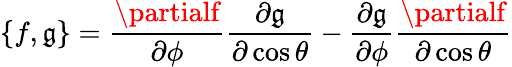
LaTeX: \{ f,\mathfrak{g}\} =\frac{{\partialf}}{{\partial\phi}}\frac{{\partial\mathfrak{g}}}{{\partial\cos\theta}}-\frac{{\partial\mathfrak{g}}}{{\partial\phi}}\frac{{\partialf}}{{\partial\cos\theta}}